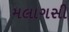
મલાગસી